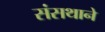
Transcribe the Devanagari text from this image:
संसथाने